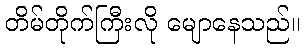
တိမ်တိုက်ကြီးလို မျောနေသည်။